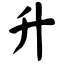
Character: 升